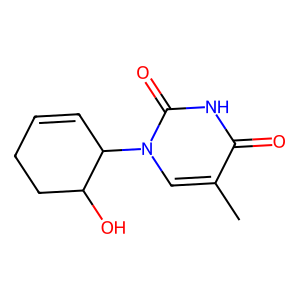
SMILES: Cc1cn(C2C=CCCC2O)c(=O)[nH]c1=O
Inhibits HIV replication: No